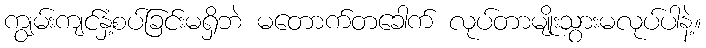
ကျွမ်းကျင်နှံ့စပ်ခြင်းမရှိဘဲ မတောက်တခေါက် လုပ်တာမျိုးသွားမလုပ်ပါနဲ့။